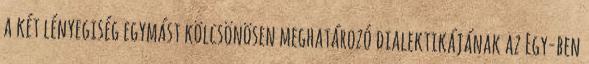
a két lényegiség egymást kölcsönösen meghatározó dialektikájának az Egy-ben